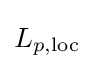
{\textstyle L_{p,{\text{loc}}}}